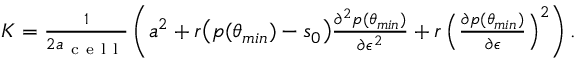
\begin{array} { r } { K = \frac { 1 } { 2 a _ { \mathrm { ~ c ~ e ~ l ~ l ~ } } } \left( a ^ { 2 } + r \big ( p ( \theta _ { m i n } ) - s _ { 0 } \big ) \frac { \partial ^ { 2 } p ( \theta _ { m i n } ) } { \partial \epsilon ^ { 2 } } + r \left( \frac { \partial p ( \theta _ { m i n } ) } { \partial \epsilon } \right) ^ { 2 } \right) . } \end{array}